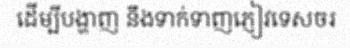
ដើម្បីបង្ហាញ នឹងទាក់ទាញភ្ញៀវទេសចរ